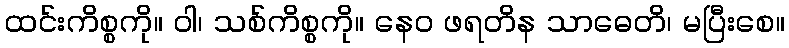
ထင်းကိစ္စကို။ ဝါ၊ သစ်ကိစ္စကို။ နေဝ ဖရတိန သာဓေတိ၊ မပြီးစေ။